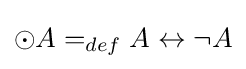
\odot A=_{def}A\leftrightarrow \neg A